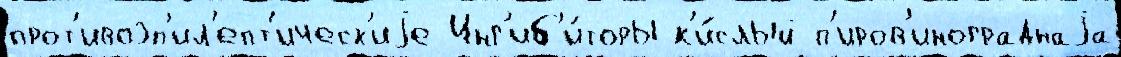
прот'ивоэп'ил'епт'ическ'иjе Инг'иб'и́торы к'и́слый п'иров'инограднаjа